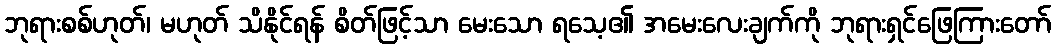
ဘုရားစစ်ဟုတ်၊ မဟုတ် သိနိုင်ရန် စိတ်ဖြင့်သာ မေးသော ရသေ့၏ အမေးလေးချက်ကို ဘုရားရှင်ဖြေကြားတော်